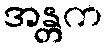
အန္တက